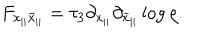
LaTeX: F _ { x _ { | | } \bar { x } _ { | | } } = \tau _ { 3 } \partial _ { x _ { | | } } \partial _ { \bar { x } _ { | | } } \log \rho .